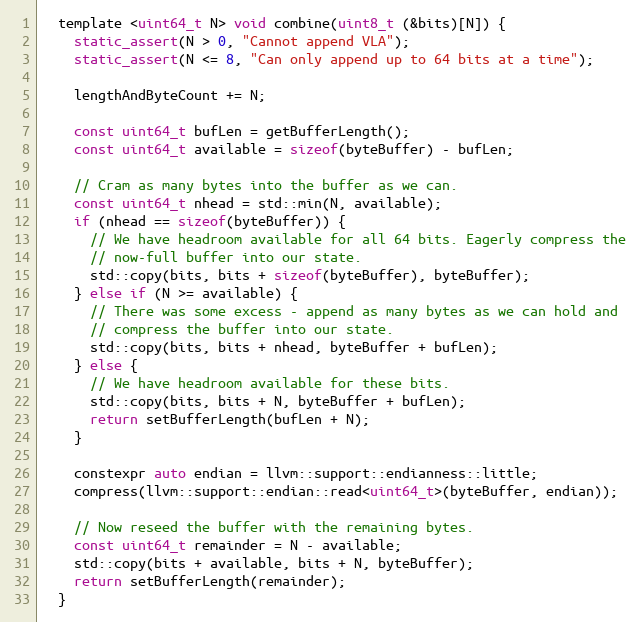
Language: C
  template <uint64_t N> void combine(uint8_t (&bits)[N]) {
    static_assert(N > 0, "Cannot append VLA");
    static_assert(N <= 8, "Can only append up to 64 bits at a time");

    lengthAndByteCount += N;

    const uint64_t bufLen = getBufferLength();
    const uint64_t available = sizeof(byteBuffer) - bufLen;

    // Cram as many bytes into the buffer as we can.
    const uint64_t nhead = std::min(N, available);
    if (nhead == sizeof(byteBuffer)) {
      // We have headroom available for all 64 bits. Eagerly compress the
      // now-full buffer into our state.
      std::copy(bits, bits + sizeof(byteBuffer), byteBuffer);
    } else if (N >= available) {
      // There was some excess - append as many bytes as we can hold and
      // compress the buffer into our state.
      std::copy(bits, bits + nhead, byteBuffer + bufLen);
    } else {
      // We have headroom available for these bits.
      std::copy(bits, bits + N, byteBuffer + bufLen);
      return setBufferLength(bufLen + N);
    }

    constexpr auto endian = llvm::support::endianness::little;
    compress(llvm::support::endian::read<uint64_t>(byteBuffer, endian));

    // Now reseed the buffer with the remaining bytes.
    const uint64_t remainder = N - available;
    std::copy(bits + available, bits + N, byteBuffer);
    return setBufferLength(remainder);
  }